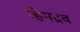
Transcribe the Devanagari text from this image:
हिमद्रव